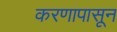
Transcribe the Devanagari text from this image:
करणापासून